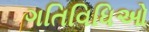
ગતિવિધિઓ